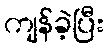
ကျန်ခဲ့ပြီး